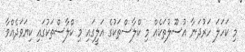
މި ކަހަލަ ހަރުދަނާ އުސޫލުތަކެއް މި ކްލާސްތަކުގެ އަލީގައި މި ކްލާސްތަކުގައި ކިޔަވަދެއްވާ